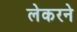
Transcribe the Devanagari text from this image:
लेकरने